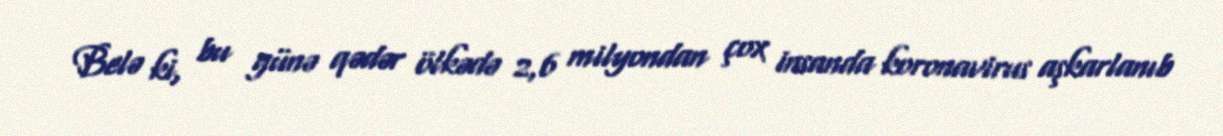
Belə ki, bu günə qədər ölkədə 2,6 milyondan çox insanda koronavirus aşkarlanıb